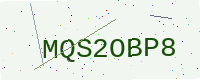
Text: MQS2OBP8